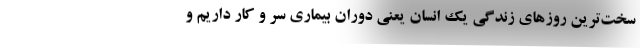
سخت‌ترین روزهای زندگی یک انسان یعنی دوران بیماری سر و کار داریم و